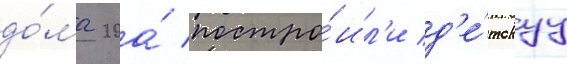
до́ма 20а́ постро́ил'и д'е́тскуу